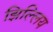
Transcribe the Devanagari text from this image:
झिल्लिय